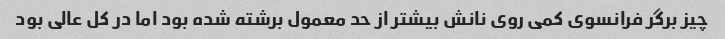
چیز برگر فرانسوی کمی روی نانش بیشتر از حد معمول برشته شده بود اما در کل عالی بود